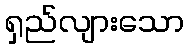
ရှည်လျားသော